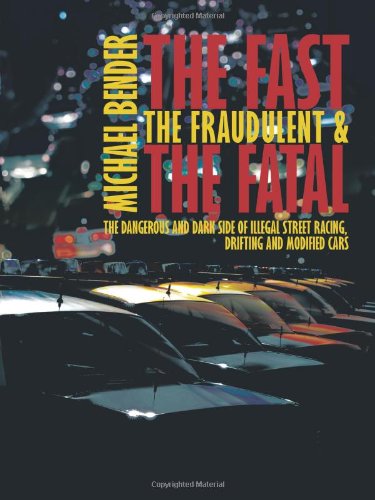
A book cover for The Fast, The Fraudulent & The Fatal: The Dangerous and Dark side of Illegal Street Racing, Drifting and Modified Cars; Michael Bender; Engineering & Transportation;